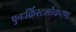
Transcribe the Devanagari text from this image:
पुनःर्क्रिस्टलीकरण